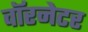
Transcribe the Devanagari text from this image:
वॉरनेटर